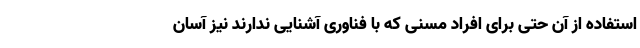
استفاده از آن حتی برای افراد مسنی که با فناوری آشنایی ندارند نیز آسان